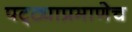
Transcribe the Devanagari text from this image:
पट्ट्याप्रमाणेच